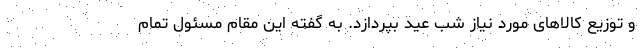
و توزیع کالاهای مورد نیاز شب عید بپردازد. به گفته این مقام مسئول تمام